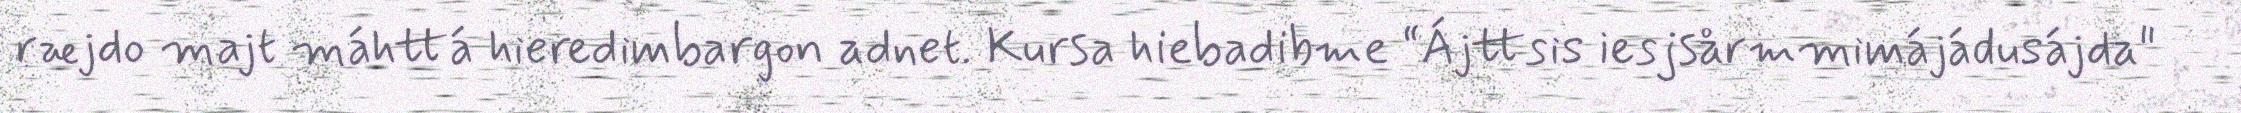
ræjdo majt máhttá hieredimbargon adnet. Kursa hiebadibme “Ájttsis iesjsårmmimájádusájda"